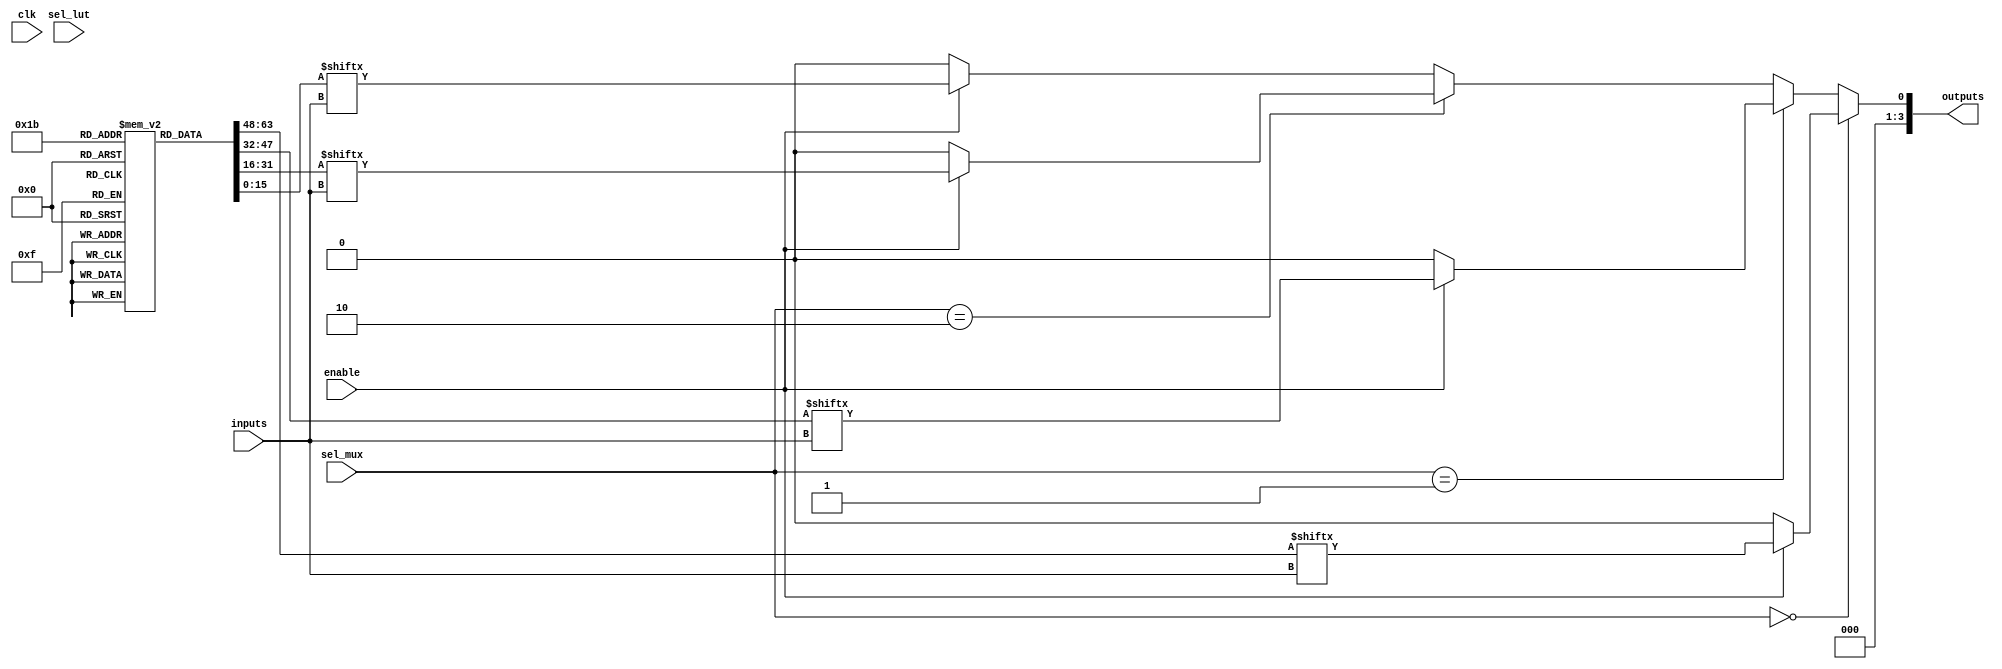
module CLB (
    input  wire [3:0] inputs,         // 4 input signals
    input  wire [1:0] sel_lut,        // Select lines for which LUT to use
    input  wire enable,                // Enable signal
    input  wire [1:0] sel_mux,        // Select the output of multiplexers
    output wire [3:0] outputs,         // Outputs of the CLB
    input  wire clk                    // Clock input (optional for synchronous functionality)
);

// Look-Up Tables (LUTs) definition
reg [15:0] lut [3:0];                // 4 LUTs with 16 entries each for 4-inputs
wire [3:0] lut_out;                  // Outputs from LUTs

// Initialize LUTs with some example combinational functions
initial begin
    // LUT0: 4-input AND
    lut[0] = 16'b0000000000000000; // 0 output for any input = 0
    lut[0][1] = 1; // 1 output for input = 1111 (0xF)
    
    // LUT1: 4-input OR
    lut[1] = 16'b0000000000000000; // 0 output for any input = 0000
    lut[1][0] = 1; // 1 output for input = 0001 (0x1) or higher
    
    // LUT2: 4-input XOR
    lut[2] = 16'b0000000000000000; // Example XOR configurations
    
    // LUT3: NOT
    lut[3] = 16'b1111111111111111; // Output inverted trivially
end

// LUT Outputs
genvar i;
generate
    for (i = 0; i < 4; i = i + 1) begin : lut_generation
        assign lut_out[i] = enable ? lut[i][inputs] : 0; // Output LUT value or 0 based on enable
    end
endgenerate

// Programmable Interconnect (Multiplexers)
wire [3:0] mux_out;
assign mux_out[0] = (sel_mux == 2'b00) ? lut_out[0] :
                    (sel_mux == 2'b01) ? lut_out[1] :
                    (sel_mux == 2'b10) ? lut_out[2] :
                                         lut_out[3];

assign mux_out[3:1] = 3'b0; // No other outputs to drive for now

// Output Logic (driving the outputs)
assign outputs = mux_out;

endmodule